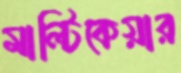
মাল্টিকেয়ার